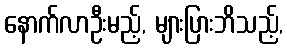
နောက်လာဦးမည့်, များပြားဘိသည့်,